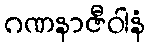
ဂဏနာဇီဝါနံ